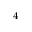
^ 4